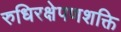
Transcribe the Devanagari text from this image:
रुधिरक्षेपणशक्ति